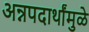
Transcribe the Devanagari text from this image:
अन्नपदार्थांमुळे